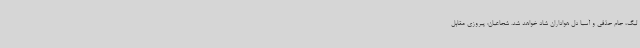
لیگ، جام حذفی و آسیا دل هواداران شاد خواهد شد. شجاعیان: پیروزی مقابل